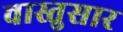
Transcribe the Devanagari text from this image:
वास्तुसार